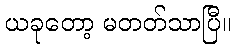
ယခုတော့ မတတ်သာပြီ။